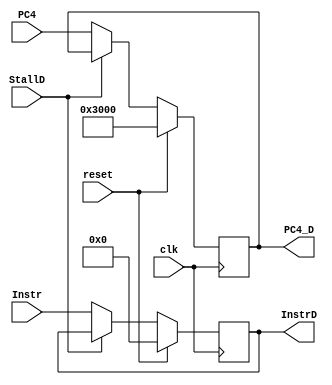
`timescale 1ns / 1ps
//////////////////////////////////////////////////////////////////////////////////
// Company: 
// Engineer: 
// 
// Design Name: 
// Module Name:    IF_D 
// Project Name: 
// Target Devices: 
// Tool versions: 
// Description: 
//
// Dependencies: 
//
// Revision: 
// Revision 0.01 - File Created
// Additional Comments: 
//
//////////////////////////////////////////////////////////////////////////////////
module IF_D(
    input [31:0] Instr,
    input clk,
    input reset,
    input StallD,
    input [31:0] PC4,
    output reg [31:0] InstrD,
    output reg [31:0] PC4_D
    );
	
	wire IR_D_en = ~StallD;
	
	always @(posedge clk)begin
		if(reset)begin
			InstrD = 0;
			PC4_D = 32'h00003000;
		end
		
		else if(IR_D_en)begin
			InstrD = Instr;
			PC4_D = PC4;
		end
		
	end
	

endmodule